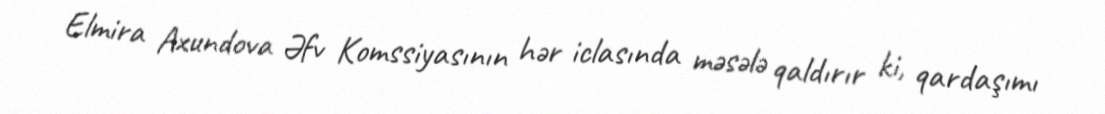
Elmira Axundova Əfv Komssiyasının hər iclasında məsələ qaldırır ki, qardaşımı